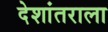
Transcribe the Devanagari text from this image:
देशांतराला